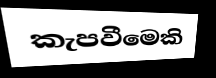
කැපවීමෙකි